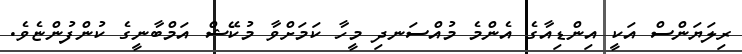
ރިލަޔަންސް އަކީ އިންޑިއާގެ އެންމެ މުއްސަނދި މީހާ ކަމަށްވާ މުކޭޝް އަމްބާނީގެ ކުންފުންޏެވެ.